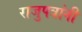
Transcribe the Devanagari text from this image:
राजुपत्रांनी